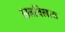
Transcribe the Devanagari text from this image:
छत्रविलास